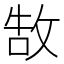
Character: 𢽍